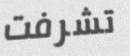
تشرفت